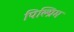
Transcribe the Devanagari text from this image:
पिल्ग्रिम